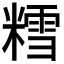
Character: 𫟀